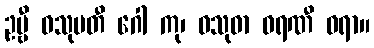
ဥဗ္ဗီ ဝသုမတီ ဂေါ ကု၊ ဝသုဓာ ဓရဏီ ဓရာ။